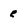
Character: e